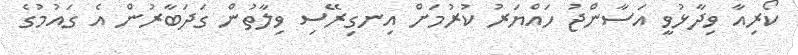
ކޯރިއާ ވިދާޅުވީ އަސާންޖު ހައްޔަރު ކުރުމަށް އިނގިރޭސި ވިލާތުން ގަދަބާރުން އެ ގައުމުގެ